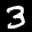
Label: 3